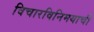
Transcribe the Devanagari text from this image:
विचारविनिमयाची